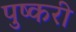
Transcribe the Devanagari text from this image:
पुष्करी